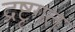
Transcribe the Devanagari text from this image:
द्रष्टृगत